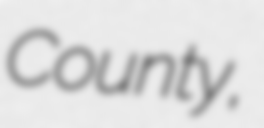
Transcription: County,